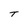
Character: T